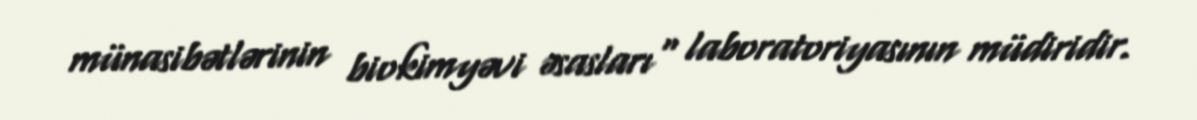
münasibətlərinin biokimyəvi əsasları" laboratoriyasının müdiridir.